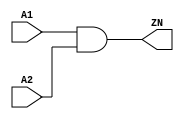
module AND2_X1 (A1, A2, ZN);
  input A1;
  input A2;
  output ZN;
 reg ZN;
	always@(*)
	begin
	ZN = A1&A2;
$display("Output: %b", ZN);
end
endmodule